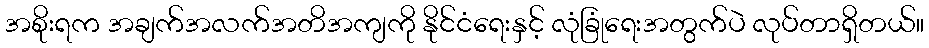
အစိုးရက အချက်အလက်အတိအကျကို နိုင်ငံရေးနှင့် လုံခြုံရေးအတွက်ပဲ လုပ်တာရှိတယ်။